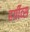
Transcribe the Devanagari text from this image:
हर्ग्रीव्स